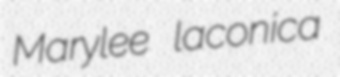
Marylee laconica